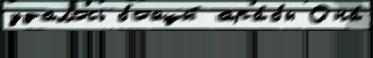
удалось бойцы́ ара́бы Она́